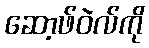
ဆော့ဖ်ဝဲလ်ကို